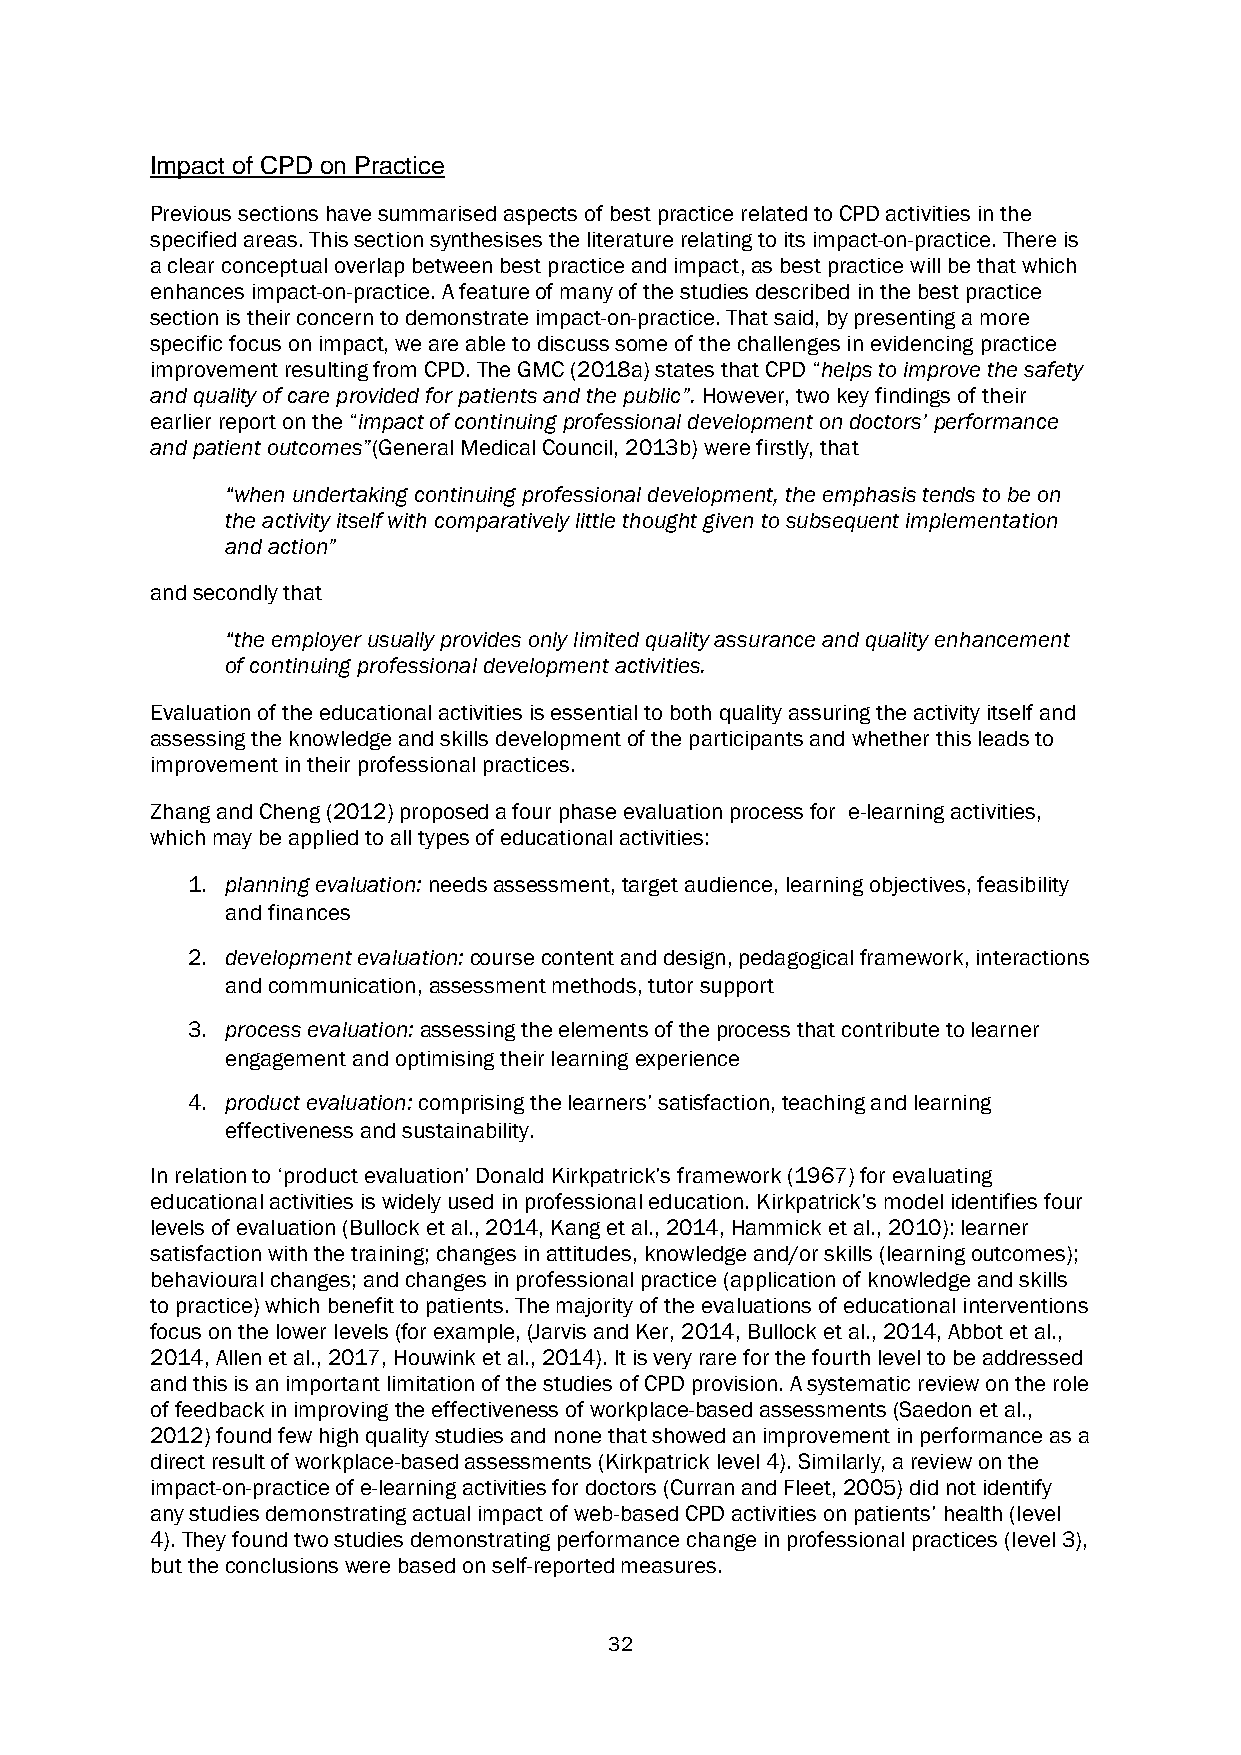
Impact of CPD on Practice
 Previous sections have summarised aspects of best practice related to CPD activities in the
 specified areas. This section synthesises the literature relating to its impact-on-practice. There is
 a clear conceptual overlap between best practice and impact, as best practice will be that which
 enhances impact-on-practice. A feature of many of the studies described in the best practice
 section is their concern to demonstrate impact-on-practice. That said, by presenting a more
 specific focus on impact, we are able to discuss some of the challenges in evidencing practice
 improvement resulting from CPD. The GMC (2018a) states that CPD “helps to improve the safety
 and quality of care provided for patients and the public”. However, two key findings of their
 earlier report on the “impact of continuing professional development on doctors’ performance
 and patient outcomes”(General Medical Council, 2013b) were firstly, that
 “when undertaking continuing professional development, the emphasis tends to be on
 the activity itself with comparatively little thought given to subsequent implementation
 and action”
 and secondly that
 “the employer usually provides only limited quality assurance and quality enhancement
 of continuing professional development activities.
 Evaluation of the educational activities is essential to both quality assuring the activity itself and
 assessing the knowledge and skills development of the participants and whether this leads to
 improvement in their professional practices.
 Zhang and Cheng (2012) proposed a four phase evaluation process for e-learning activities,
 which may be applied to all types of educational activities:
 1. planning evaluation: needs assessment, target audience, learning objectives, feasibility
 and finances
 2. development evaluation: course content and design, pedagogical framework, interactions
 and communication, assessment methods, tutor support
 3. process evaluation: assessing the elements of the process that contribute to learner
 engagement and optimising their learning experience
 4. product evaluation: comprising the learners’ satisfaction, teaching and learning
 effectiveness and sustainability.
 In relation to ‘product evaluation’ Donald Kirkpatrick’s framework (1967) for evaluating
 educational activities is widely used in professional education. Kirkpatrick’s model identifies four
 levels of evaluation (Bullock et al., 2014, Kang et al., 2014, Hammick et al., 2010): learner
 satisfaction with the training; changes in attitudes, knowledge and/or skills (learning outcomes);
 behavioural changes; and changes in professional practice (application of knowledge and skills
 to practice) which benefit to patients. The majority of the evaluations of educational interventions
 focus on the lower levels (for example, (Jarvis and Ker, 2014, Bullock et al., 2014, Abbot et al.,
 2014, Allen et al., 2017, Houwink et al., 2014). It is very rare for the fourth level to be addressed
 and this is an important limitation of the studies of CPD provision. A systematic review on the role
 of feedback in improving the effectiveness of workplace-based assessments (Saedon et al.,
 2012) found few high quality studies and none that showed an improvement in performance as a
 direct result of workplace-based assessments (Kirkpatrick level 4). Similarly, a review on the
 impact-on-practice of e-learning activities for doctors (Curran and Fleet, 2005) did not identify
 any studies demonstrating actual impact of web-based CPD activities on patients’ health (level
 4). They found two studies demonstrating performance change in professional practices (level 3),
 but the conclusions were based on self-reported measures.
 32